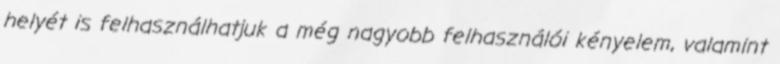
helyét is felhasználhatjuk a még nagyobb felhasználói kényelem, valamint